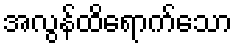
အလွန်ထိရောက်သော